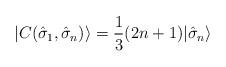
LaTeX: \begin{align*}| C({\hat \sigma}_1,{\hat \sigma}_n ) \rangle = \frac{1}{3}(2n+1) |{\hat \sigma}_n \rangle\end{align*}